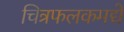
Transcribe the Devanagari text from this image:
चित्रफलकमद्ये